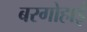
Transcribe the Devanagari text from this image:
बरगोहाईं